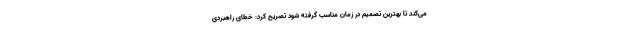
می‌کند تا بهترین تصمیم در زمان مناسب گرفته شود تصریح کرد: خطای راهبردی